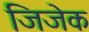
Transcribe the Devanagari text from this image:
जिजेक